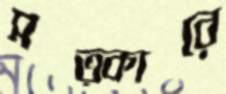
সত্কারে